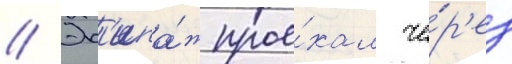
// Эк'ипа́ж прое́хал че́р'ез